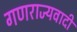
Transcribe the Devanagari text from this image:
गणराज्यवादीं